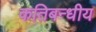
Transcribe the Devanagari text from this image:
कतिबन्धीय